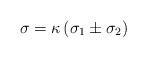
LaTeX: \begin{align*} \sigma = \kappa\,(\sigma_1\pm\sigma_2)\end{align*}